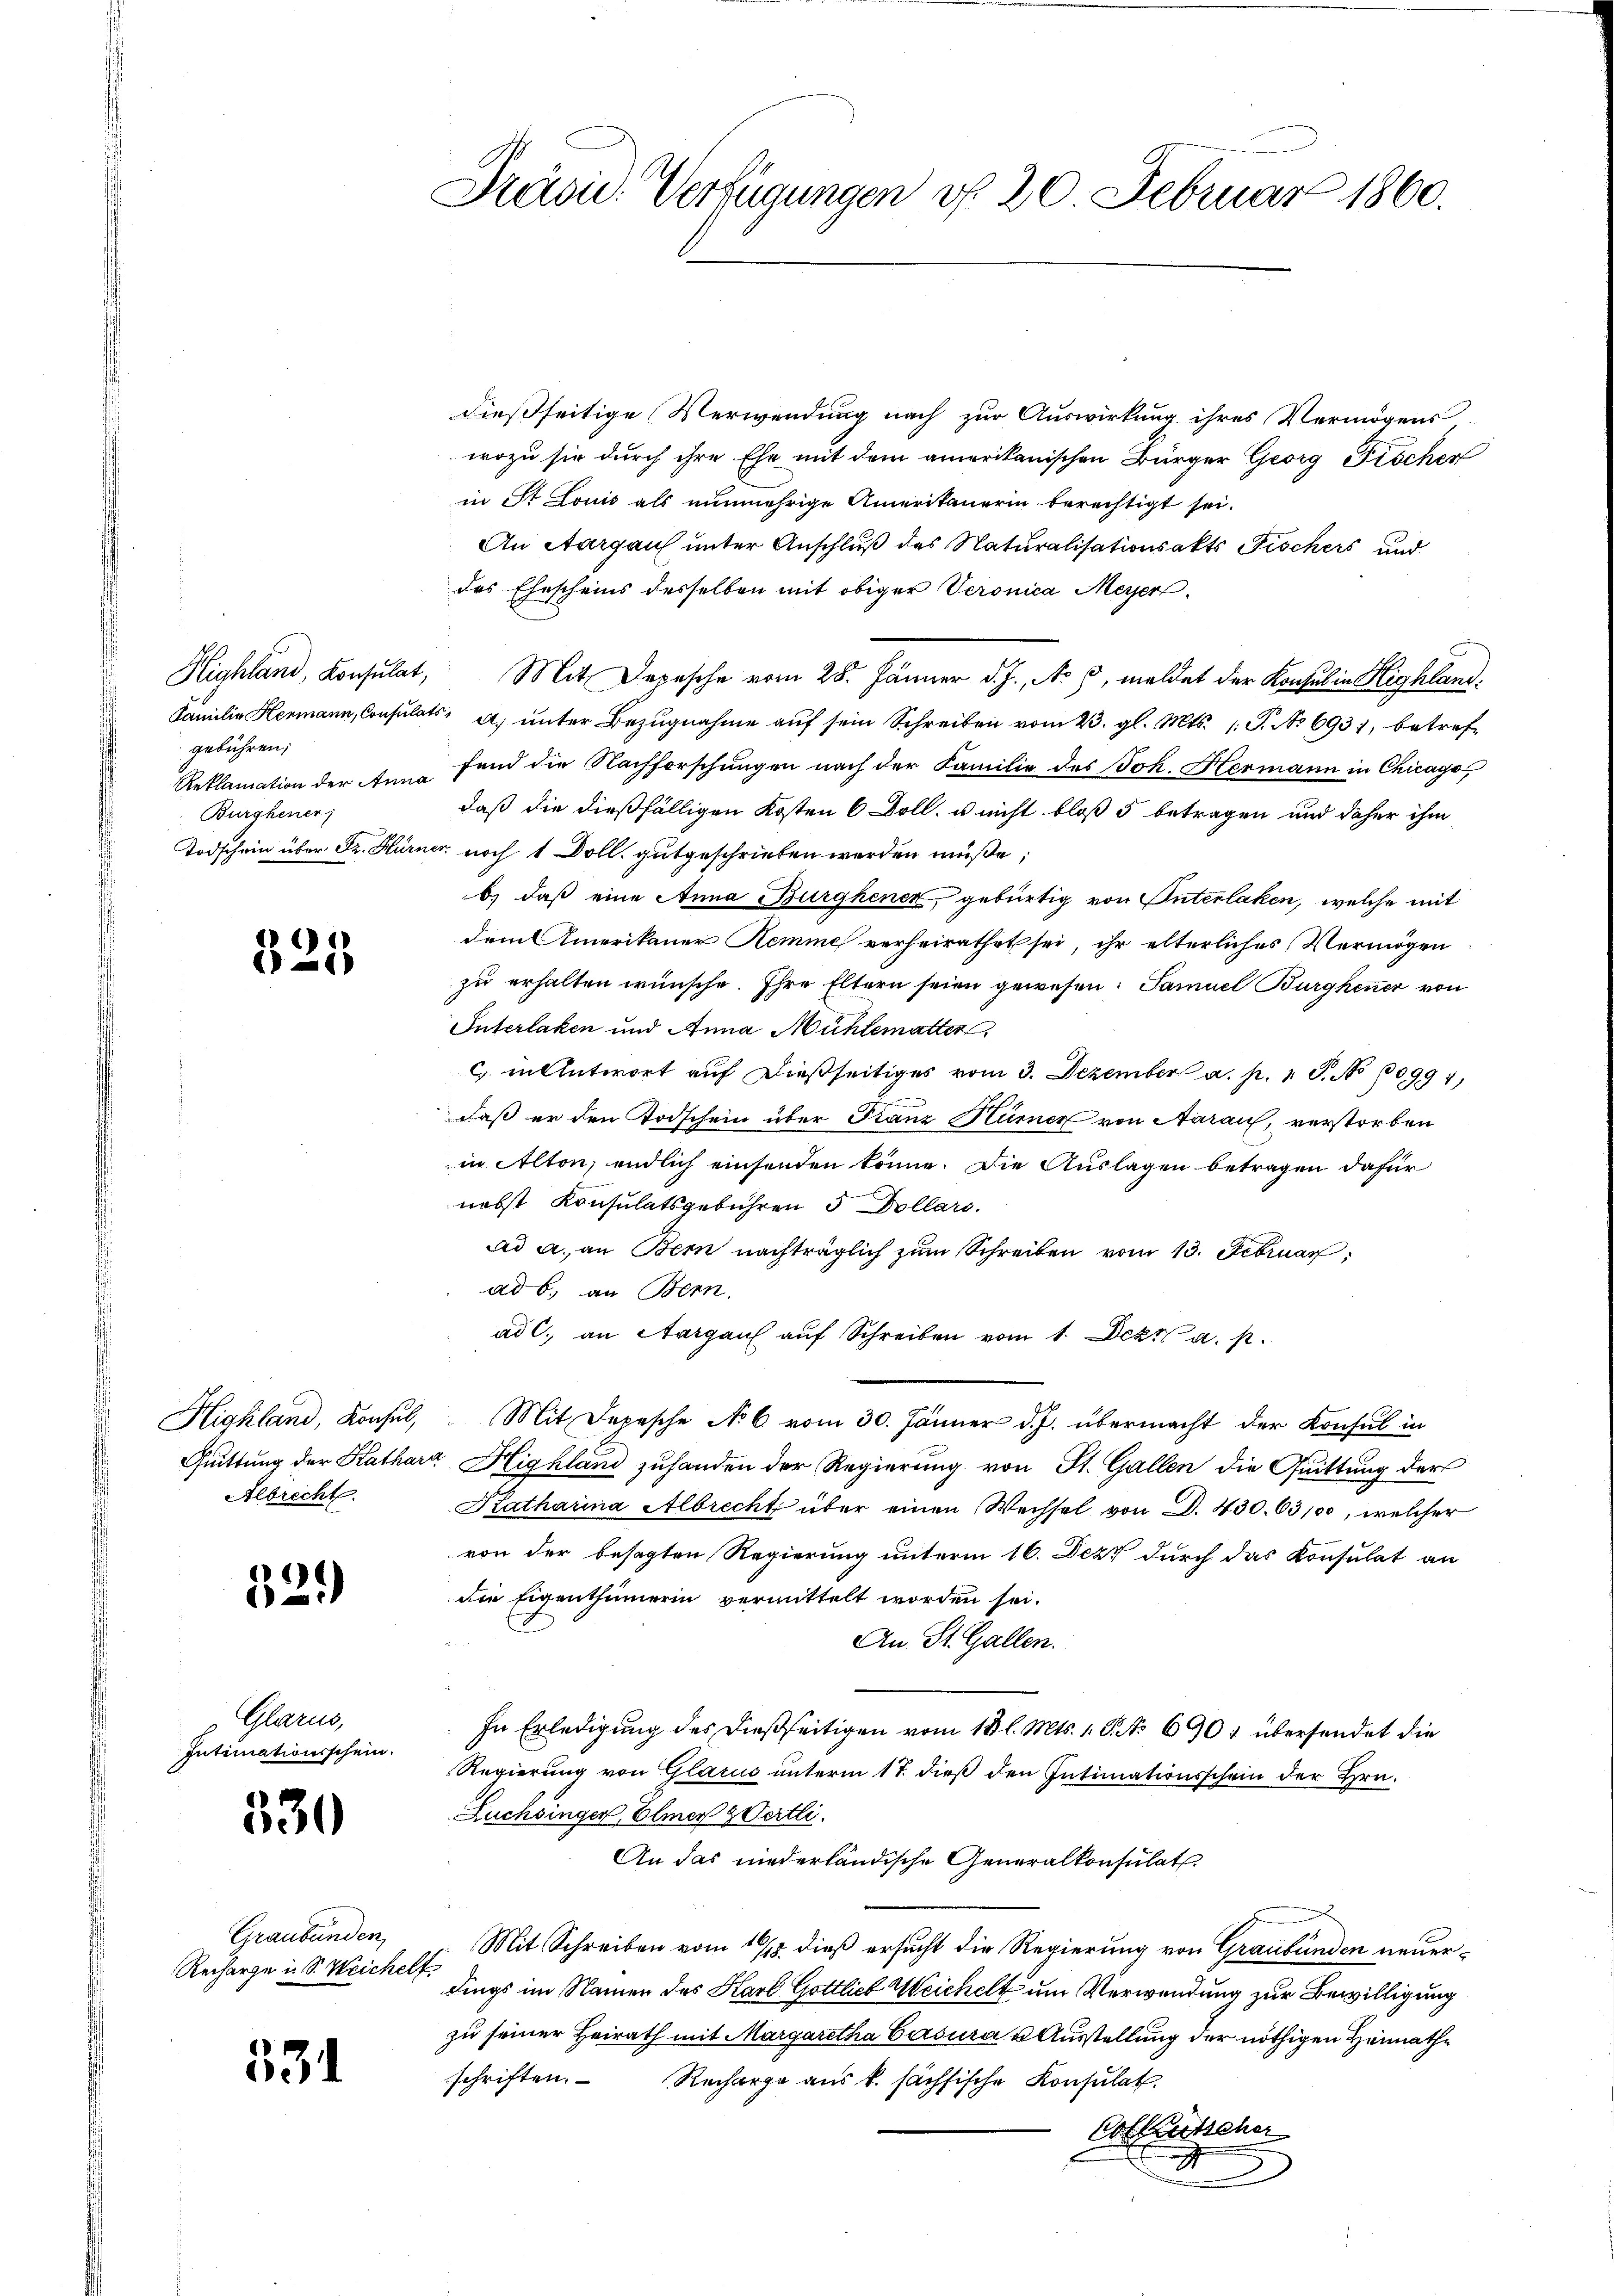
gebühren;
Reklamation der Anna
Burghener

325

Albrecht.

329)

Glarus,
Intimationsschein.

330

Graubünden,
Recharge in S. Weichelt

531

Präsid. Verfügungen d. 20. Februar 1860.

dießseitige Verwendung nach zur Auswirkung ihres Vermögens
wozu sie durch ihre Ehe mit dem amerikanischen Bürger Georg Fischen
in St. Louis als nunmehrige Amerikanerin berechtigt sei.
An Aargau unter Anschluß des Naturalisationsakts Fischers und
des Ehescheins desselben mit obiger Veronica Meyer¬
Highland, Konsulat, Mit Depesche vom 28. Jänner d. J., N. 3, meldet der Konsul in Highland¬
Familie Hermann, Consulats: A. ŭnter Bezŭgnahme aŭf sein Schreiben vom 23. gl. Mts. (T. No 6931, betreffand die Nachforschungen nach der Familie des Joh. Hermann in Chicago
daß die dießfälligen Kosten 6 Doll, u nicht bloß 5 betragen und daher ihm
Todschein über Fr. Hürner noch 1 Doll, gutgeschrieben werden müße;
b) daß eine Anna Burghener, gebürtig von Unterlaken, welche mit
dem Amerikaner Remme verheirathet sei, ihr elterliches Vermögen
zu erhalten wünsche. Ihre Eltern seien gewesen: Samuel Burghener von
Interlaken und Anna Mühlematter,
c. in Antwort auf dießseitiges vom 3. Dezember a. p. 19. No 10994)
daß er den Todschein über Franz Hüner von daraus, verstorben
in Alton, endlich einsenden könne. Die Auslagen betragen dafür
nebst Konsulatsgebühren 5 Dollars.
ad a. an Bern nachträglich zum Schreiben vom 13. Februar,
ad b. an Bern.
ad c. an Aargau auf Schreiben vom 1. Dez. a. p.
Highland, Konsul, Mit Depesche No 6 vom 30. Jänner d. J. übermacht der Konsul in
Guittung der Kathara Highland zuhanden der Regierung von St. Gallen die Quittung der
Katharina Albrecht über einen Wechsel von D. 430. 63,100, welcher
von der besagten Regierung unterm 16. Dezt durch das Konsulat an
die Eigenthümerin vermittelt worden sei.
An St. Gallen.
In Erledigung des dießseitigen vom 13 l. Mts. 1. P. No 690; übersendet die
Regierung von Glarus unterm 17. dieß den Intimationsschein der Hrn.
Luchbinger, Elmer & Oertli.
An das niederländische Generalkonsulat
Mit Schreiben vom 19/18. dieß ersucht die Regierung von Graubünden neuerdings im Namen des Karl Gottlieb Weichelt um Verwendung zur Bewilligung
zu seiner Heirath mit Margaretha Gasura u Ausstellung der nöthigen Heimathe
schriften.
Recharge aus k. sächsische Konsulat
Cotkutscher
2